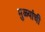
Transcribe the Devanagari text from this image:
मुळ्यांची